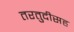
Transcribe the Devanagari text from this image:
तरतुदीसह